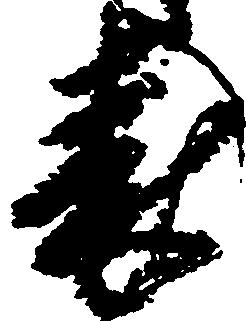
表